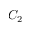
C _ { 2 }